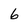
Character: 6